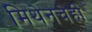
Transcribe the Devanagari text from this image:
मिथेनचेही